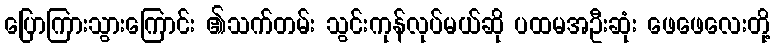
ပြောကြားသွားကြောင်း ၏သက်တမ်း သွင်းကုန်လုပ်မယ်ဆို ပထမအဦးဆုံး ဖေဖေလေးတို့